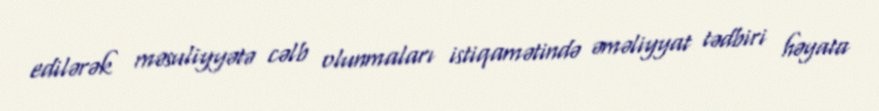
edilərək məsuliyyətə cəlb olunmaları istiqamətində əməliyyat tədbiri həyata